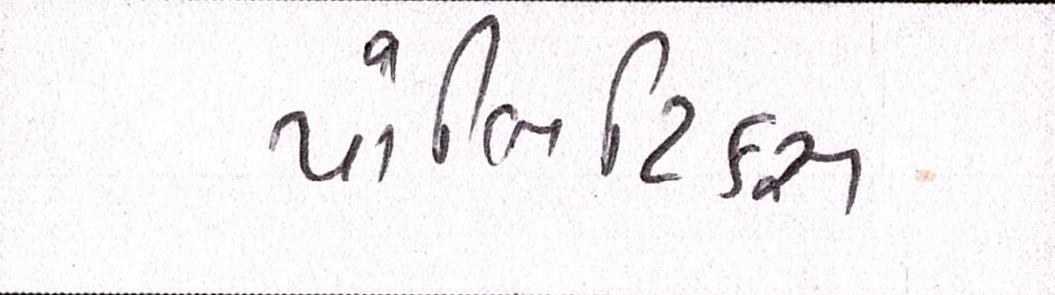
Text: પોલિટિકસ